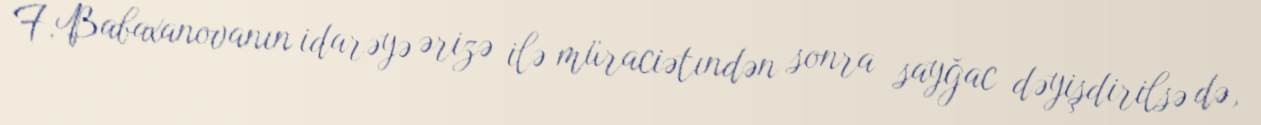
F.Babaxanovanın idarəyə ərizə ilə müraciətındən sonra sayğac dəyişdirilsə də,